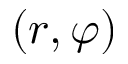
( r , \varphi )